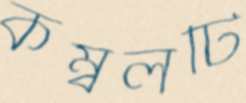
কম্বলটি